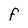
Character: F